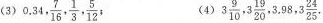
(3)0.34 34, \frac{7}{16}+ \frac{1}{3}, \frac{5}{12};(4)3\frac{9}{10},3 \frac{19}{20},3.98,3 \frac{24}{25}